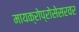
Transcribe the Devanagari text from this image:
मायक्रोप्रोसेसरवर